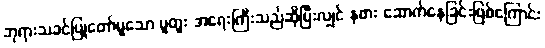
ဘုရားသခင်ပြုတော်မူသော ပူတူး အရေးကြီးသည်ဆိုပြီးလျှင် နဖား ဆောက်နေခြင်းဖြစ်ကြောင်း